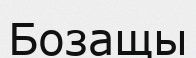
Бозащы